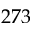
2 7 3